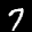
Label: 7